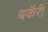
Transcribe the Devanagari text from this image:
बकॅरी